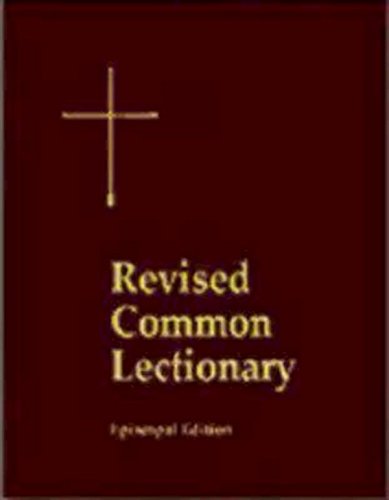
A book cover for Revised Common Lectionary Lectern Edition: Years A, B, C, and Holy Days According to the Use of the Episcopal Church; Church Publishing; Christian Books & Bibles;